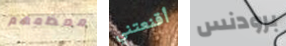
معظمهم أقنعتني برودنس